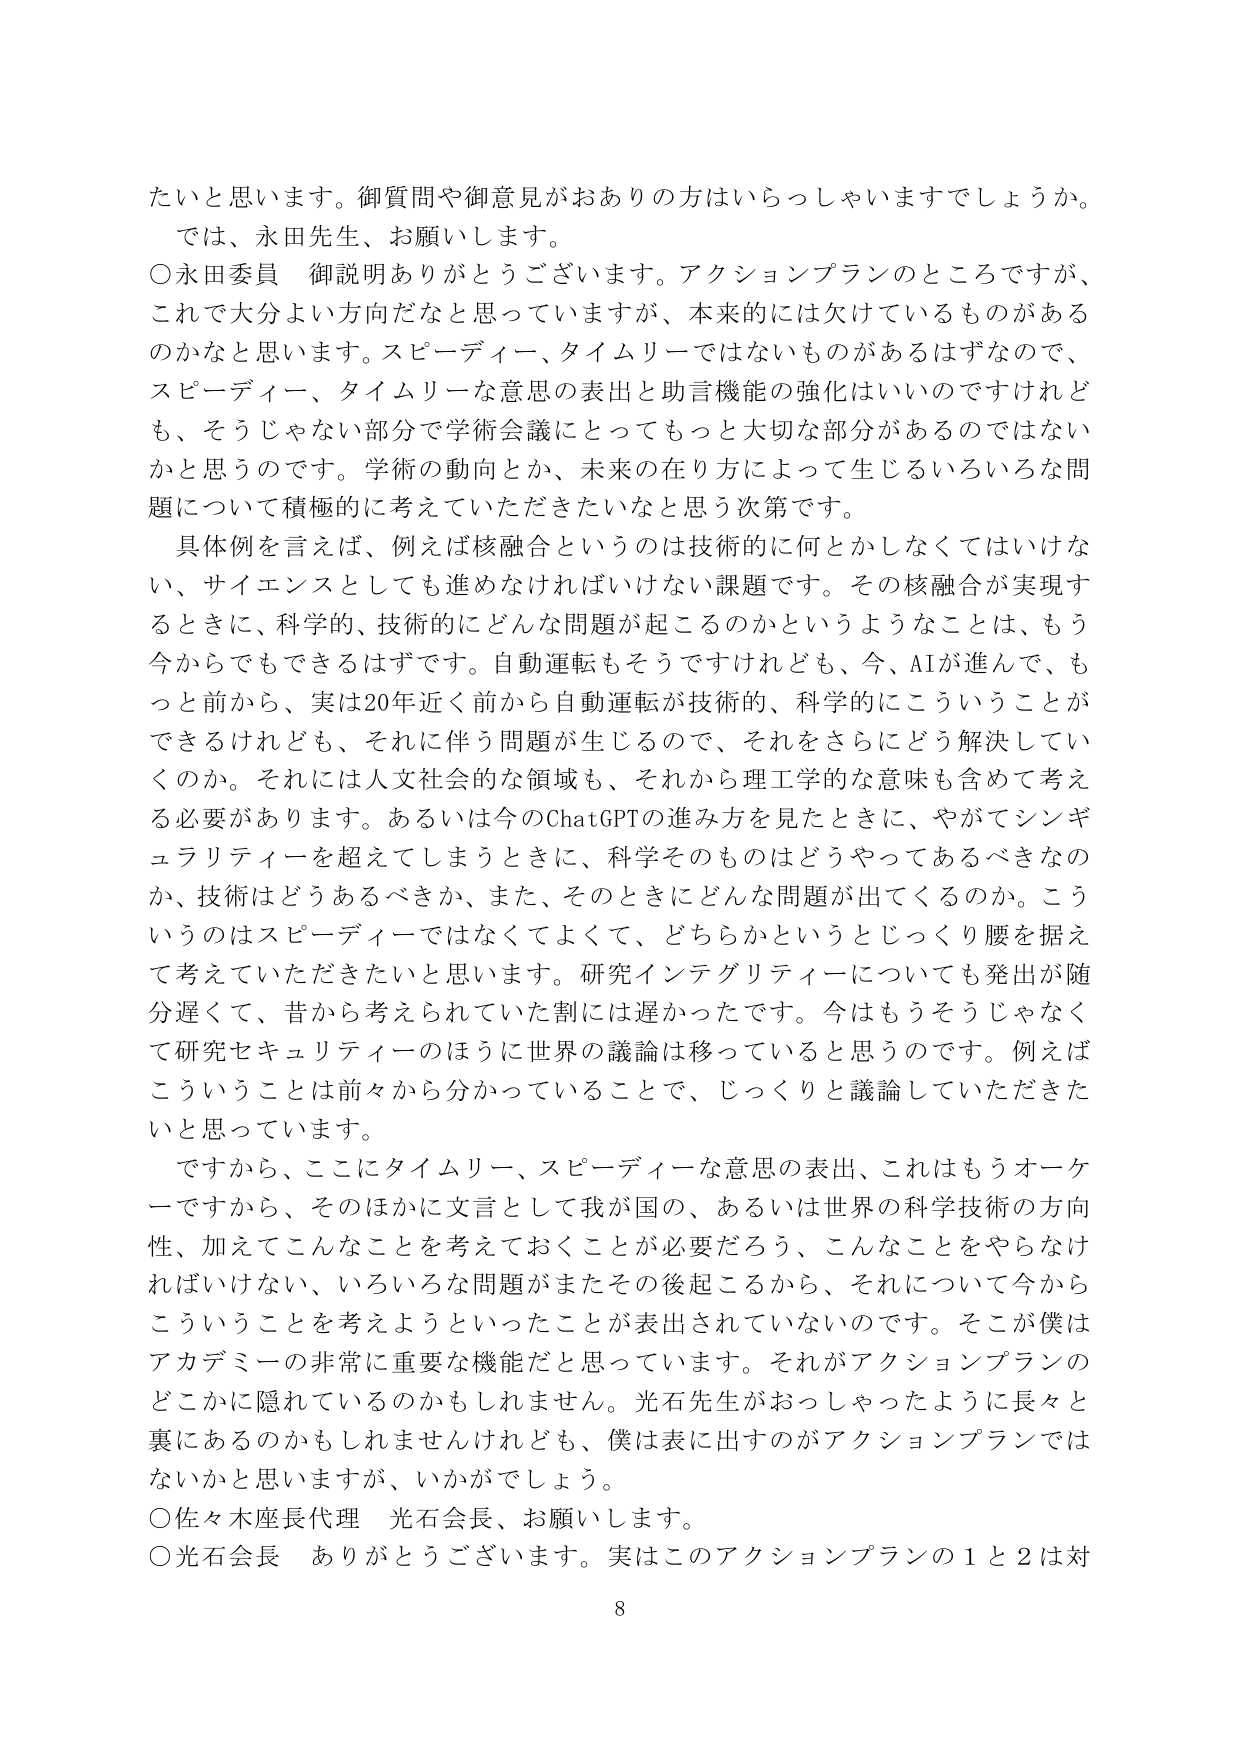
たいと思います。御質問や御意見がおありの方はいらっしゃいますでしょうか。
では、永田先生、お願いします。
〇永田委員 御説明ありがとうございます。アクションプランのところですが、
これで大分よい方向だなと思っていますが、本来的には欠けているものがある
のかなと思います。スピーディー、タイムリーではないものがあるはずなので、
スピーディー、タイムリーな意思の表出と助言機能の強化はいいのですけれど
も、そうじゃない部分で学術会議にとってもっと大切な部分があるのではない
かと思うのです。学術の動向とか、未来の在り方によって生じるいろいろな問
題について積極的に考えていただきたいなと思う次第です。
具体例を言えば、例えば核融合というのは技術的に何とかしなくてはいけな
い、サイエンスとしても進めなければならない課題です。その核融合が実現す
るときに、科学的、技術的にどんな問題が起こるのかということは、もう
今からでもできるはずです。自動運転もそうですけれども、今、AIが進んで、も
っと前から、実は20年近く前から自動運転が技術的、科学的にこういうことが
できるけれども、それに伴う問題が生じるので、それをさらにどう解決してい
くのか。それには人文社会的な領域も、それから理工学的な意味も含めて考え
る必要があります。あるいは今のChatGPTの進み方を見たときに、やがてシンギ
ュラリティーを超えてしまうときに、科学そのものはどうやってあるべきなの
か、技術はどうあるべきか、また、そのときにどんな問題が出てくるのか。こう
いうのはスピーディーではなくてよくて、どちらかというとじっくり腰を据え
て考えていただきたいと思います。研究インテグリティについても発出が随
分遅くて、昔から考えられていた割には遅かったです。今はもうそうじゃなく
て研究セキュリティーのほうに世界の議論は移っていると思うのです。例えば
こういうことは前々から分かっていることで、じっくりと議論していただきた
いと思っています。
ですから、ここにタイムリー、スピーディーな意思の表出、これはもうオーケ
ーですから、そのほかに文言として我が国の、あるいは世界の科学技術の方向
性、加えてこんなことを考えておくことが必要だろう、こんなことをやらなけ
ればいけない、いろいろな問題がまたその後起こるから、それについて今から
こういうことを考えようといったことが表出されていないのです。そこが僕は
アカデミーの非常に重要な機能だと思っています。それがアクションプランの
どこかに隠れているのかもしれません。光石先生がおっしゃったように長々と
裏にあるのかもしれませんが、僕は表に出すのがアクションプランでは
ないかと思いますが、いかがでしょう。
〇佐々木座長代理 光石会長、お願いします。
〇光石会長 ありがとうございます。実はこのアクションプランの１と２は対
8